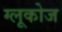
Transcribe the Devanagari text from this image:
ग्‍लूकोज